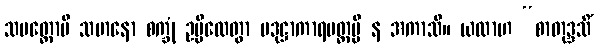
သမတ္ထောပိ သမာနော စက္ခုံ ဥမ္မီလေတွာ ပဒုဋ္ဌာကာရမတ္တမ္ပိ န အကာသိ။ ယထာဟ “စာတုဒ္ဒသိံ